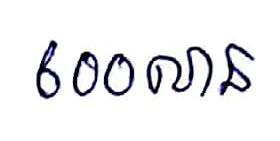
600លាន